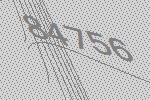
84756